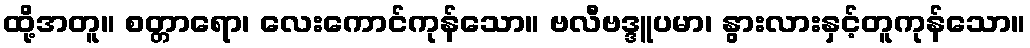
ထို့အတူ။ စတ္တာရော၊ လေးကောင်ကုန်သော။ ဗလီဗဒ္ဒူပမာ၊ နွားလားနှင့်တူကုန်သော။